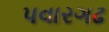
પવારગઢ